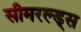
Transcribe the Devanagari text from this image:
सीमरल्ड्स